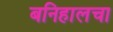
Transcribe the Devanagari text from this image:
बनिहालचा